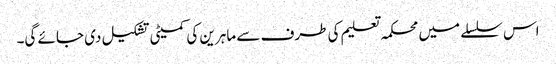
اس سلسلے میں محکمہ تعلیم کی طرف سے ماہرین کی کمیٹی تشکیل دی جائے گی۔